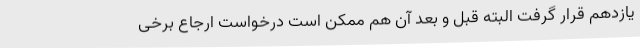
یازدهم قرار گرفت البته قبل و بعد آن هم ممکن است درخواست ارجاع برخی